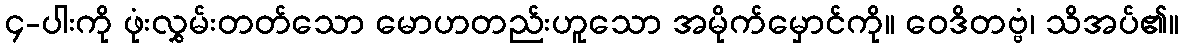
၄-ပါးကို ဖုံးလွှမ်းတတ်သော မောဟတည်းဟူသော အမိုက်မှောင်ကို။ ဝေဒိတဗ္ဗံ၊ သိအပ်၏။